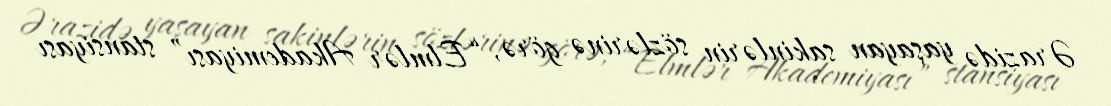
Ərazidə yaşayan sakinlərin sözlərinə görə, “Elmlər Akademiyası” stansiyası